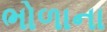
ભોળાના